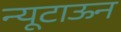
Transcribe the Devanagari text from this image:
न्यूटाऊन